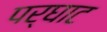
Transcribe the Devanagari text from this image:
पर्घाट